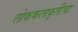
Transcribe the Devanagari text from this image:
लोककलाकृतींचा